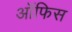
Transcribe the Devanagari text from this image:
आॅफिस